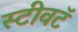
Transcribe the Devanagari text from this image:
स्टीवटॅ